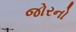
જોરનો